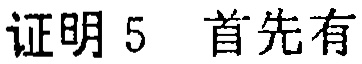
证明 5 首先有